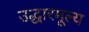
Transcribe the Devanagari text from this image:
उद्धारमूल्य